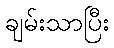
ချမ်းသာပြီး